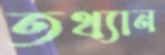
তথ্যান